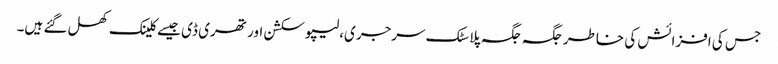
جس کی افزائش کی خاطر جگہ جگہ پلاسٹک سرجری،لیپو سکشن اور تھری ڈی جیسے کلینک کھل گئے ہیں۔